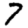
Digit: 7